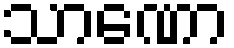
သာဏော